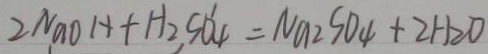
2 N a O H + H _ { 2 } S O _ { 4 } = N a _ { 2 } S O _ { 4 } + 2 H _ { 2 } O